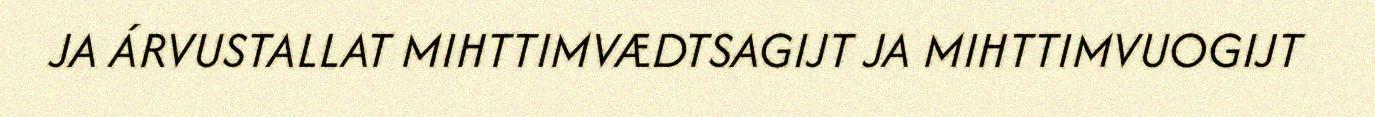
JA ÁRVUSTALLAT MIHTTIMVÆDTSAGIJT JA MIHTTIMVUOGIJT